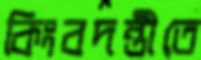
কিংবদন্তীতে